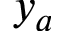
y _ { a }